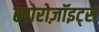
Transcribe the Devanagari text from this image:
स्पोरोज़ॉइट्स